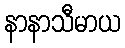
နာနာသီမာယ